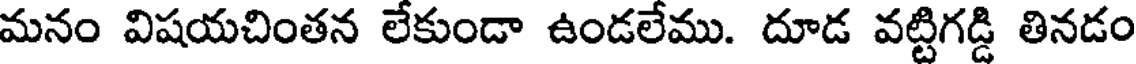
మనం విషయచింతన లేకుండా ఉండలేము. దూడ వట్టిగడ్డి తినడం